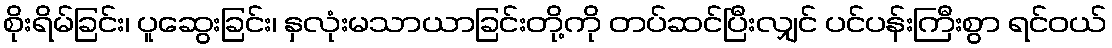
စိုးရိမ်ခြင်း၊ ပူဆွေးခြင်း၊ နှလုံးမသာယာခြင်းတို့ကို တပ်ဆင်ပြီးလျှင် ပင်ပန်းကြီးစွာ ရင်ဝယ်